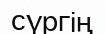
сүргің